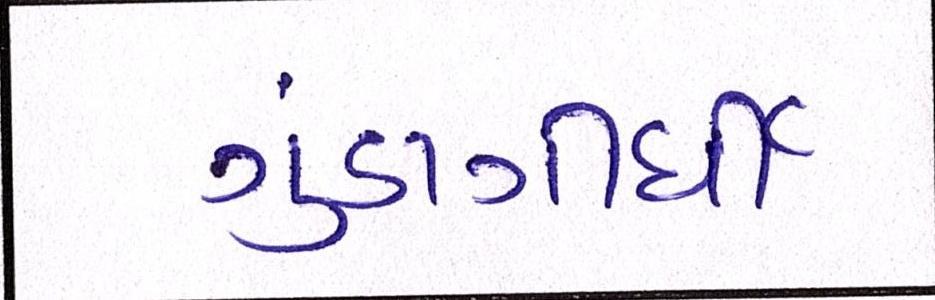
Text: ગુંડાગીર્દી